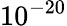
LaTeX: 10^{-20}